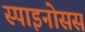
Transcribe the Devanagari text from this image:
स्पाइनोसस